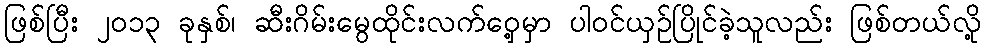
ဖြစ်ပြီး ၂၀၁၃ ခုနှစ်၊ ဆီးဂိမ်းမွေထိုင်းလက်ဝှေ့မှာ ပါဝင်ယှဉ်ပြိုင်ခဲ့သူလည်း ဖြစ်တယ်လို့